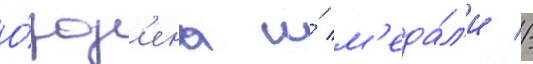
О́рд'ена и́ м'еда́л'и //